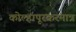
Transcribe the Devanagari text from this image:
कोल्हापूरकरमात्र